Civil Veterinary Department. Madras. Admin. report 1926-33 - 1926-1933
Year: 1926
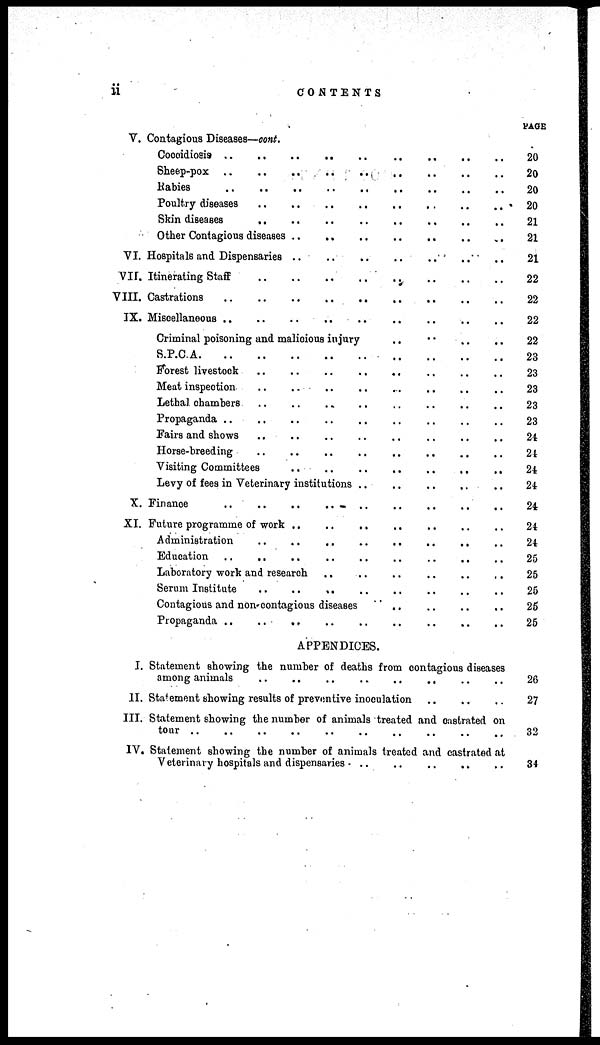
ii
CONTENTS
V.
VI.
VII.
VIII.
IX.
X.
XI.
Contagious Diseases—cont.
Cooidieis .. .. .. .. .. .. .. .. .. .. ..
Sheep-pox .. .. .. .. .. .. .. .. .. .. ..
Rabies
..
..
..
..
..
..
..
..
..
..
..
Poultry diseases .. .. .. .. .. .. .. .. ..
Skin diseases .. .. .. .. .. .. .. .. .. .. ..
Other Contagious diseases .. .. .. .. .. .. .. .. .. .. ..
Hospitals and Dispensaries .. .. .. .. .. .. .. .. .. .. ..
Itinerating Staff .. .. .. .. .. .. .. .. .. .. ..
Castrations .. .. .. .. .. .. .. .. .. .. ..
Miscellaneous .. .. .. .. .. .. .. .. .. .. ..
Criminal poisoning and malicious injury
S.P.C.A. .. .. .. .. .. .. .. .. .. .. ..
Forest livestock .. .. .. .. .. .. .. .. .. .. ..
Meat inspection .. .. .. .. .. .. .. .. .. .. ..
Lethal chambers .. .. .. .. .. .. .. .. .. .. ..
Propaganda .. .. .. .. .. .. .. .. .. .. ..
Fairs and shows .. .. .. .. .. .. .. .. .. .. ..
Horse-breeding .. .. .. .. .. .. .. .. .. .. ..
Visting Committees .. .. .. .. .. .. .. .. .. .. ..
Levy of fees in Veterinary institutions .. .. .. .. .. .. .. .. .. .. ..
Finance
..
..
..
..
..
..
..
..
..
..
..
Future programme of work .. .. .. .. .. .. .. .. .. .. ..
Administration .. .. .. .. .. .. .. .. .. .. ..
Education .. .. .. .. .. .. .. .. .. .. ..
Laboratory work and research
..
..
..
..
..
..
Serum Institute .. .. .. .. .. .. .. .. .. .. ..
Contagious and non-contagious diseases .. .. .. ..
Propaganda .. .. .. .. .. .. .. .. .. .. ..
PAGE
20
20
20
20
21
21
21
22
22
22
22
23
23
23
23
23
24
21
24
24
24
24
24
25
25
25
25
25
APPENDICES.
I.
11.
III.
IV.
Statement showing the number of deaths from contagious diseases
among animals
..
..
..
..
..
..
Statement showing results of preventive inoculation .. .. ..
Statement showing the number of animals treated and castrated on
tour .. .. .. .. .. .. .. .. .. .. ..
Statement showing the number of animals treated and castrated at
Veterinary hospitals and dispensaries ..
..
..
..
..
26
27
32
34